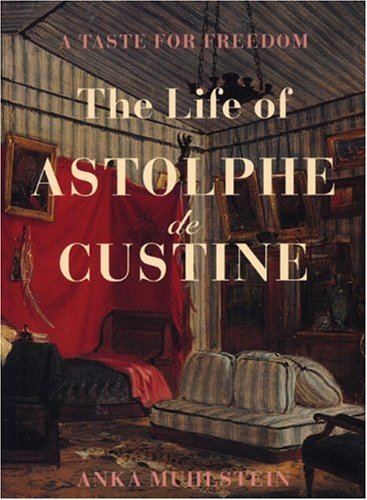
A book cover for The Life of Astolphe De Custine; Anka Muhlstein; Gay & Lesbian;